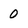
Character: 0